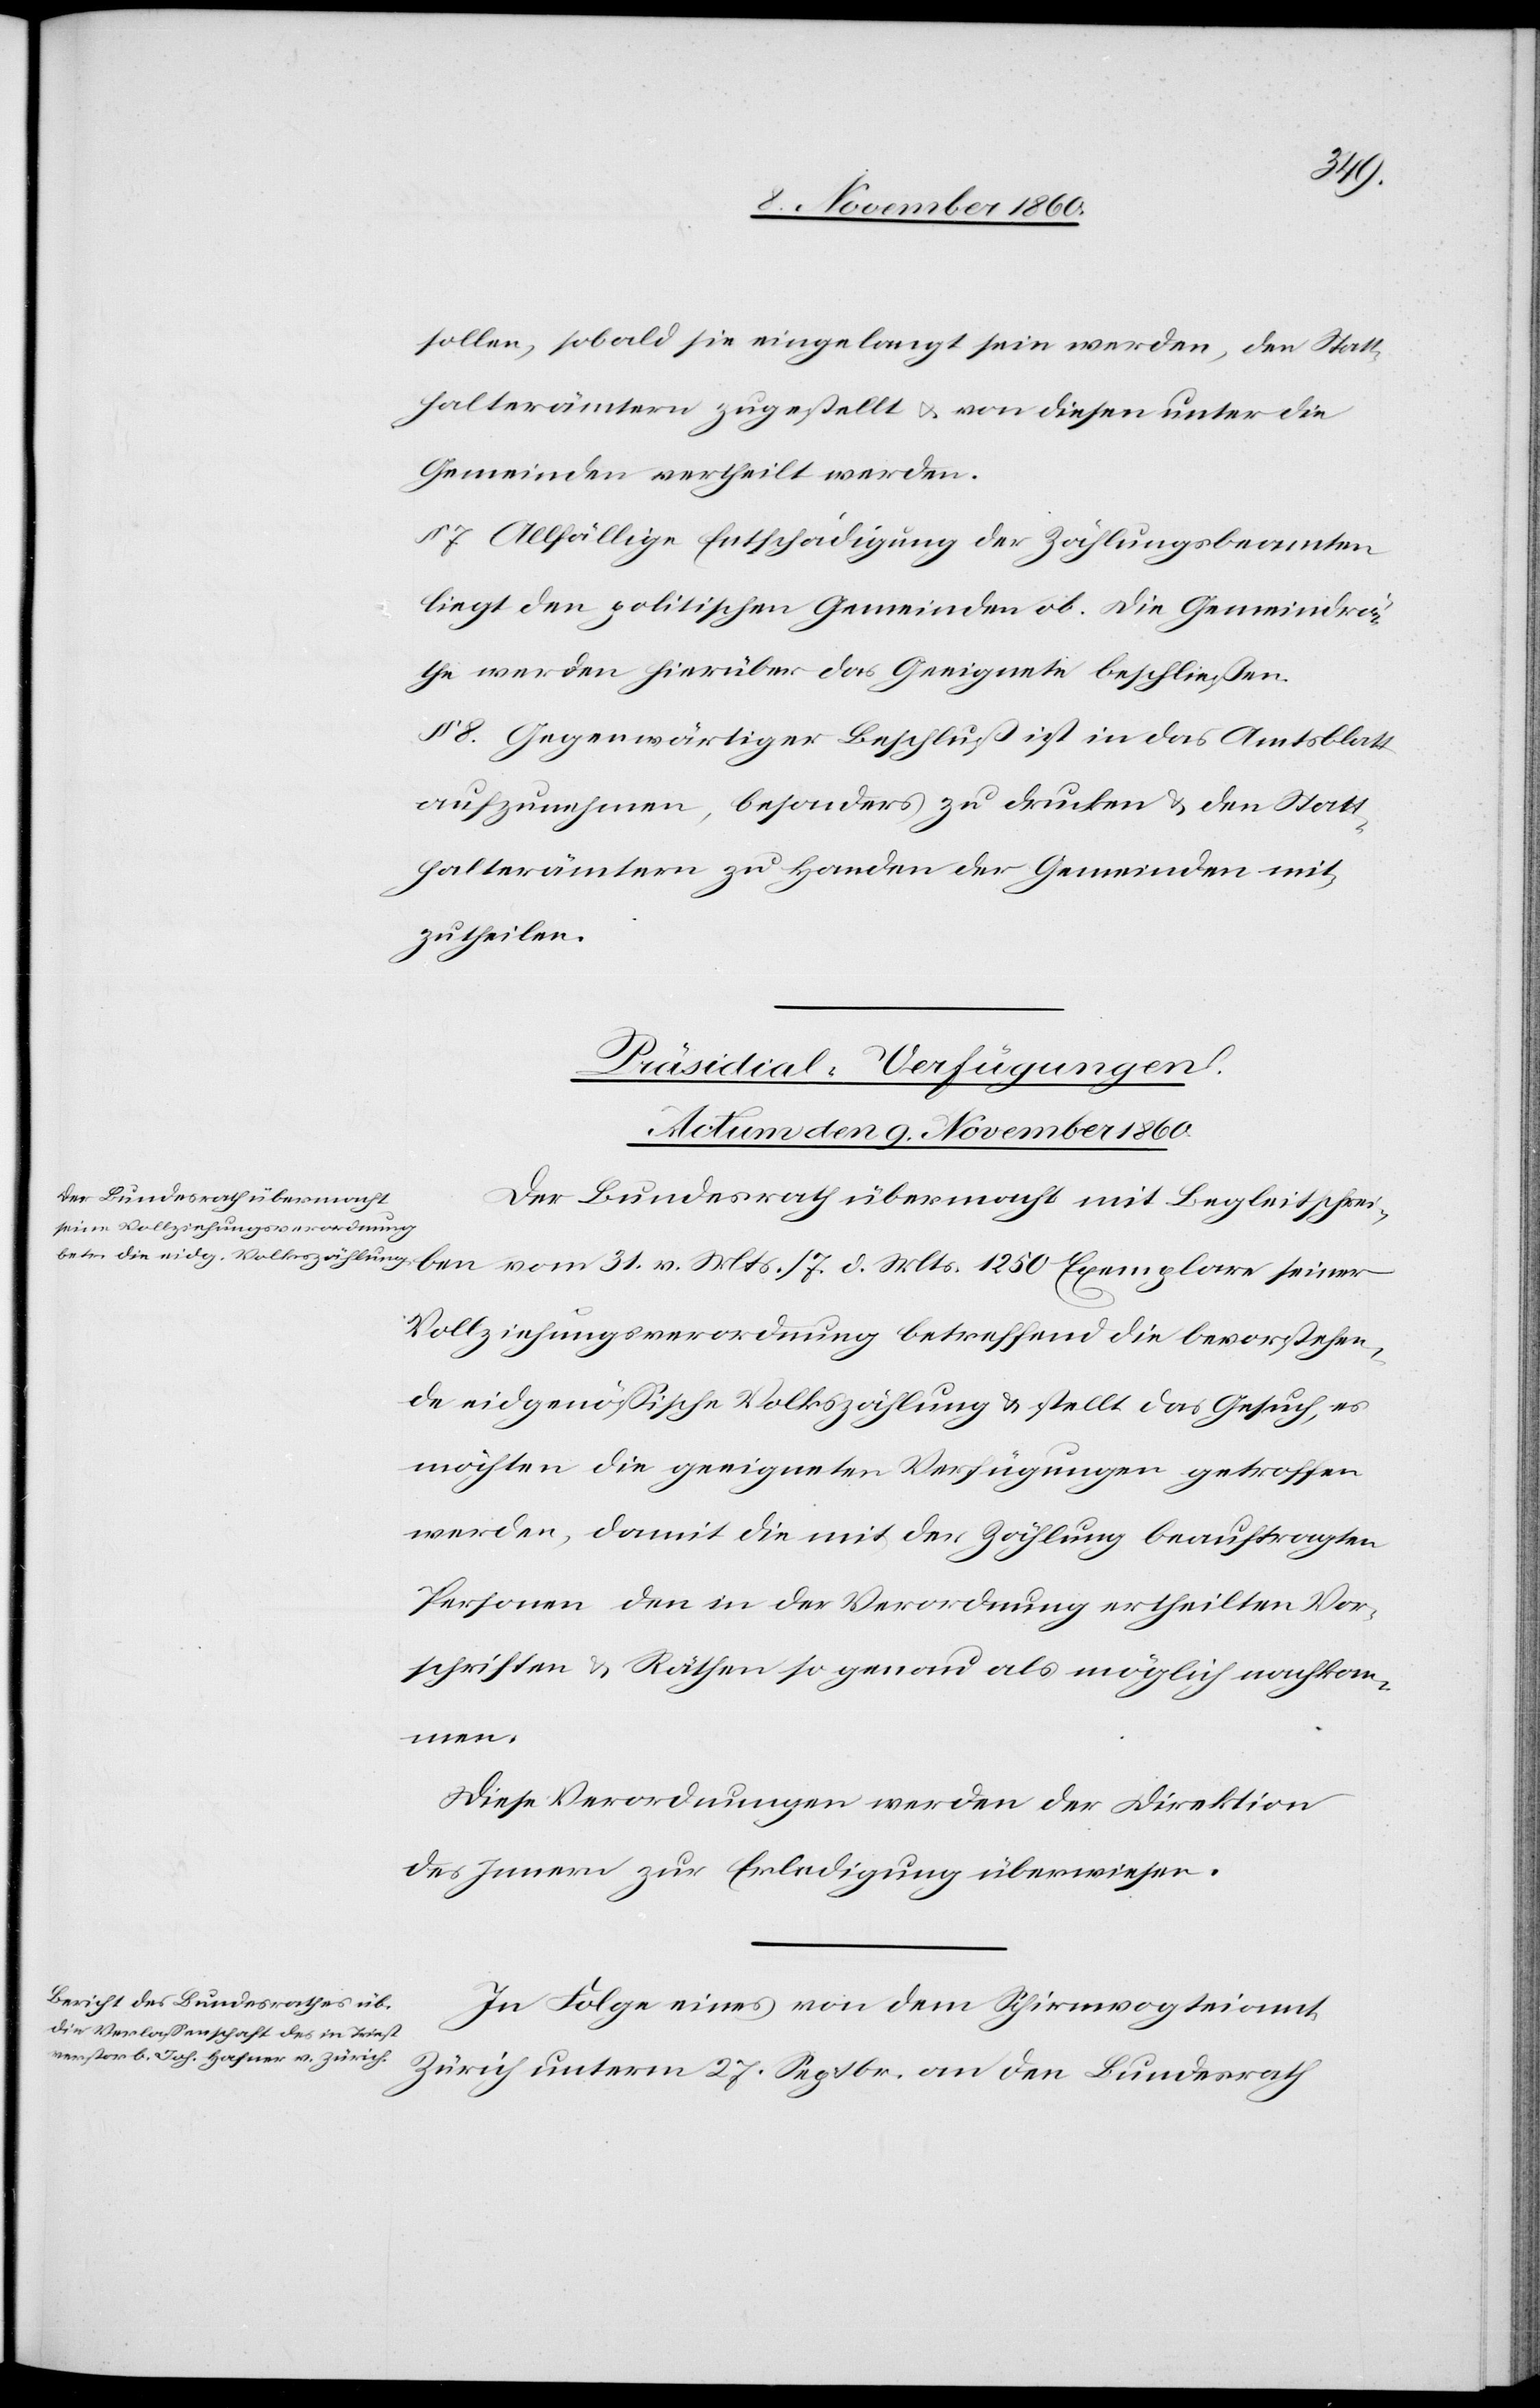
sollen, sobald sie eingelegt sein werden, den Statt¬
halterämtern zugestellt u. von diesen unter die
Gemeinden vertheilt werden.
§ 7. Allfällige Entschädigung der Zählungsbeamten
liegt den politischen Gemeinden ob. Die Gemeindrä¬
the werden hierüber das Geeignete beschließen.
8. Gegenwärtiger Beschluß ist in das Amtsblatt
aufzunehmen, besonders zu drucken u. den Statt¬
halterämtern zu Handen der Gemeinden mit¬
zutheilen.
[Präsidial-Verfügungen.
Actum den 9. November 1860.]
Der Bundesrath übermacht mit Begleitschrei¬
Vollziehungsverordnung betreffend die bevorstehen¬
de eidgenössische Volkszählung u. stellt das Gesuch, es
möchten die geeigneten Verfügungen getroffen
werden, damit die mit der Zählung beauftragten
Personen den in der Verordnung ertheilten Vor¬
schriften u. Räthen so genau als möglich nachkom¬
men.
Diese Verordnungen werden der Direktion
des Innern zur Erledigung überwiesen.
In Folge eines von dem Schirmvogteiamt
Exemplare seiner
Zürich unterm 27. Septbr. an den Bundesrath